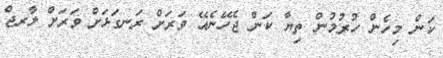
ކަން މިހެން ހުރުމުން ތިޔާ ކަން ޖެހޭނެއޭ ވަރަށް ރަނގަޅަށް ވަރަށް ލާރޖް